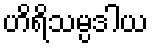
ဟိရိသမ္ပဒါယ